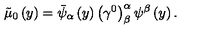
\tilde { \mu } _ { 0 } \left( y \right) = \bar { \psi } _ { \alpha } \left( y \right) \left( \gamma ^ { 0 } \right) _ { \beta } ^ { \alpha } \psi ^ { \beta } \left( y \right) .